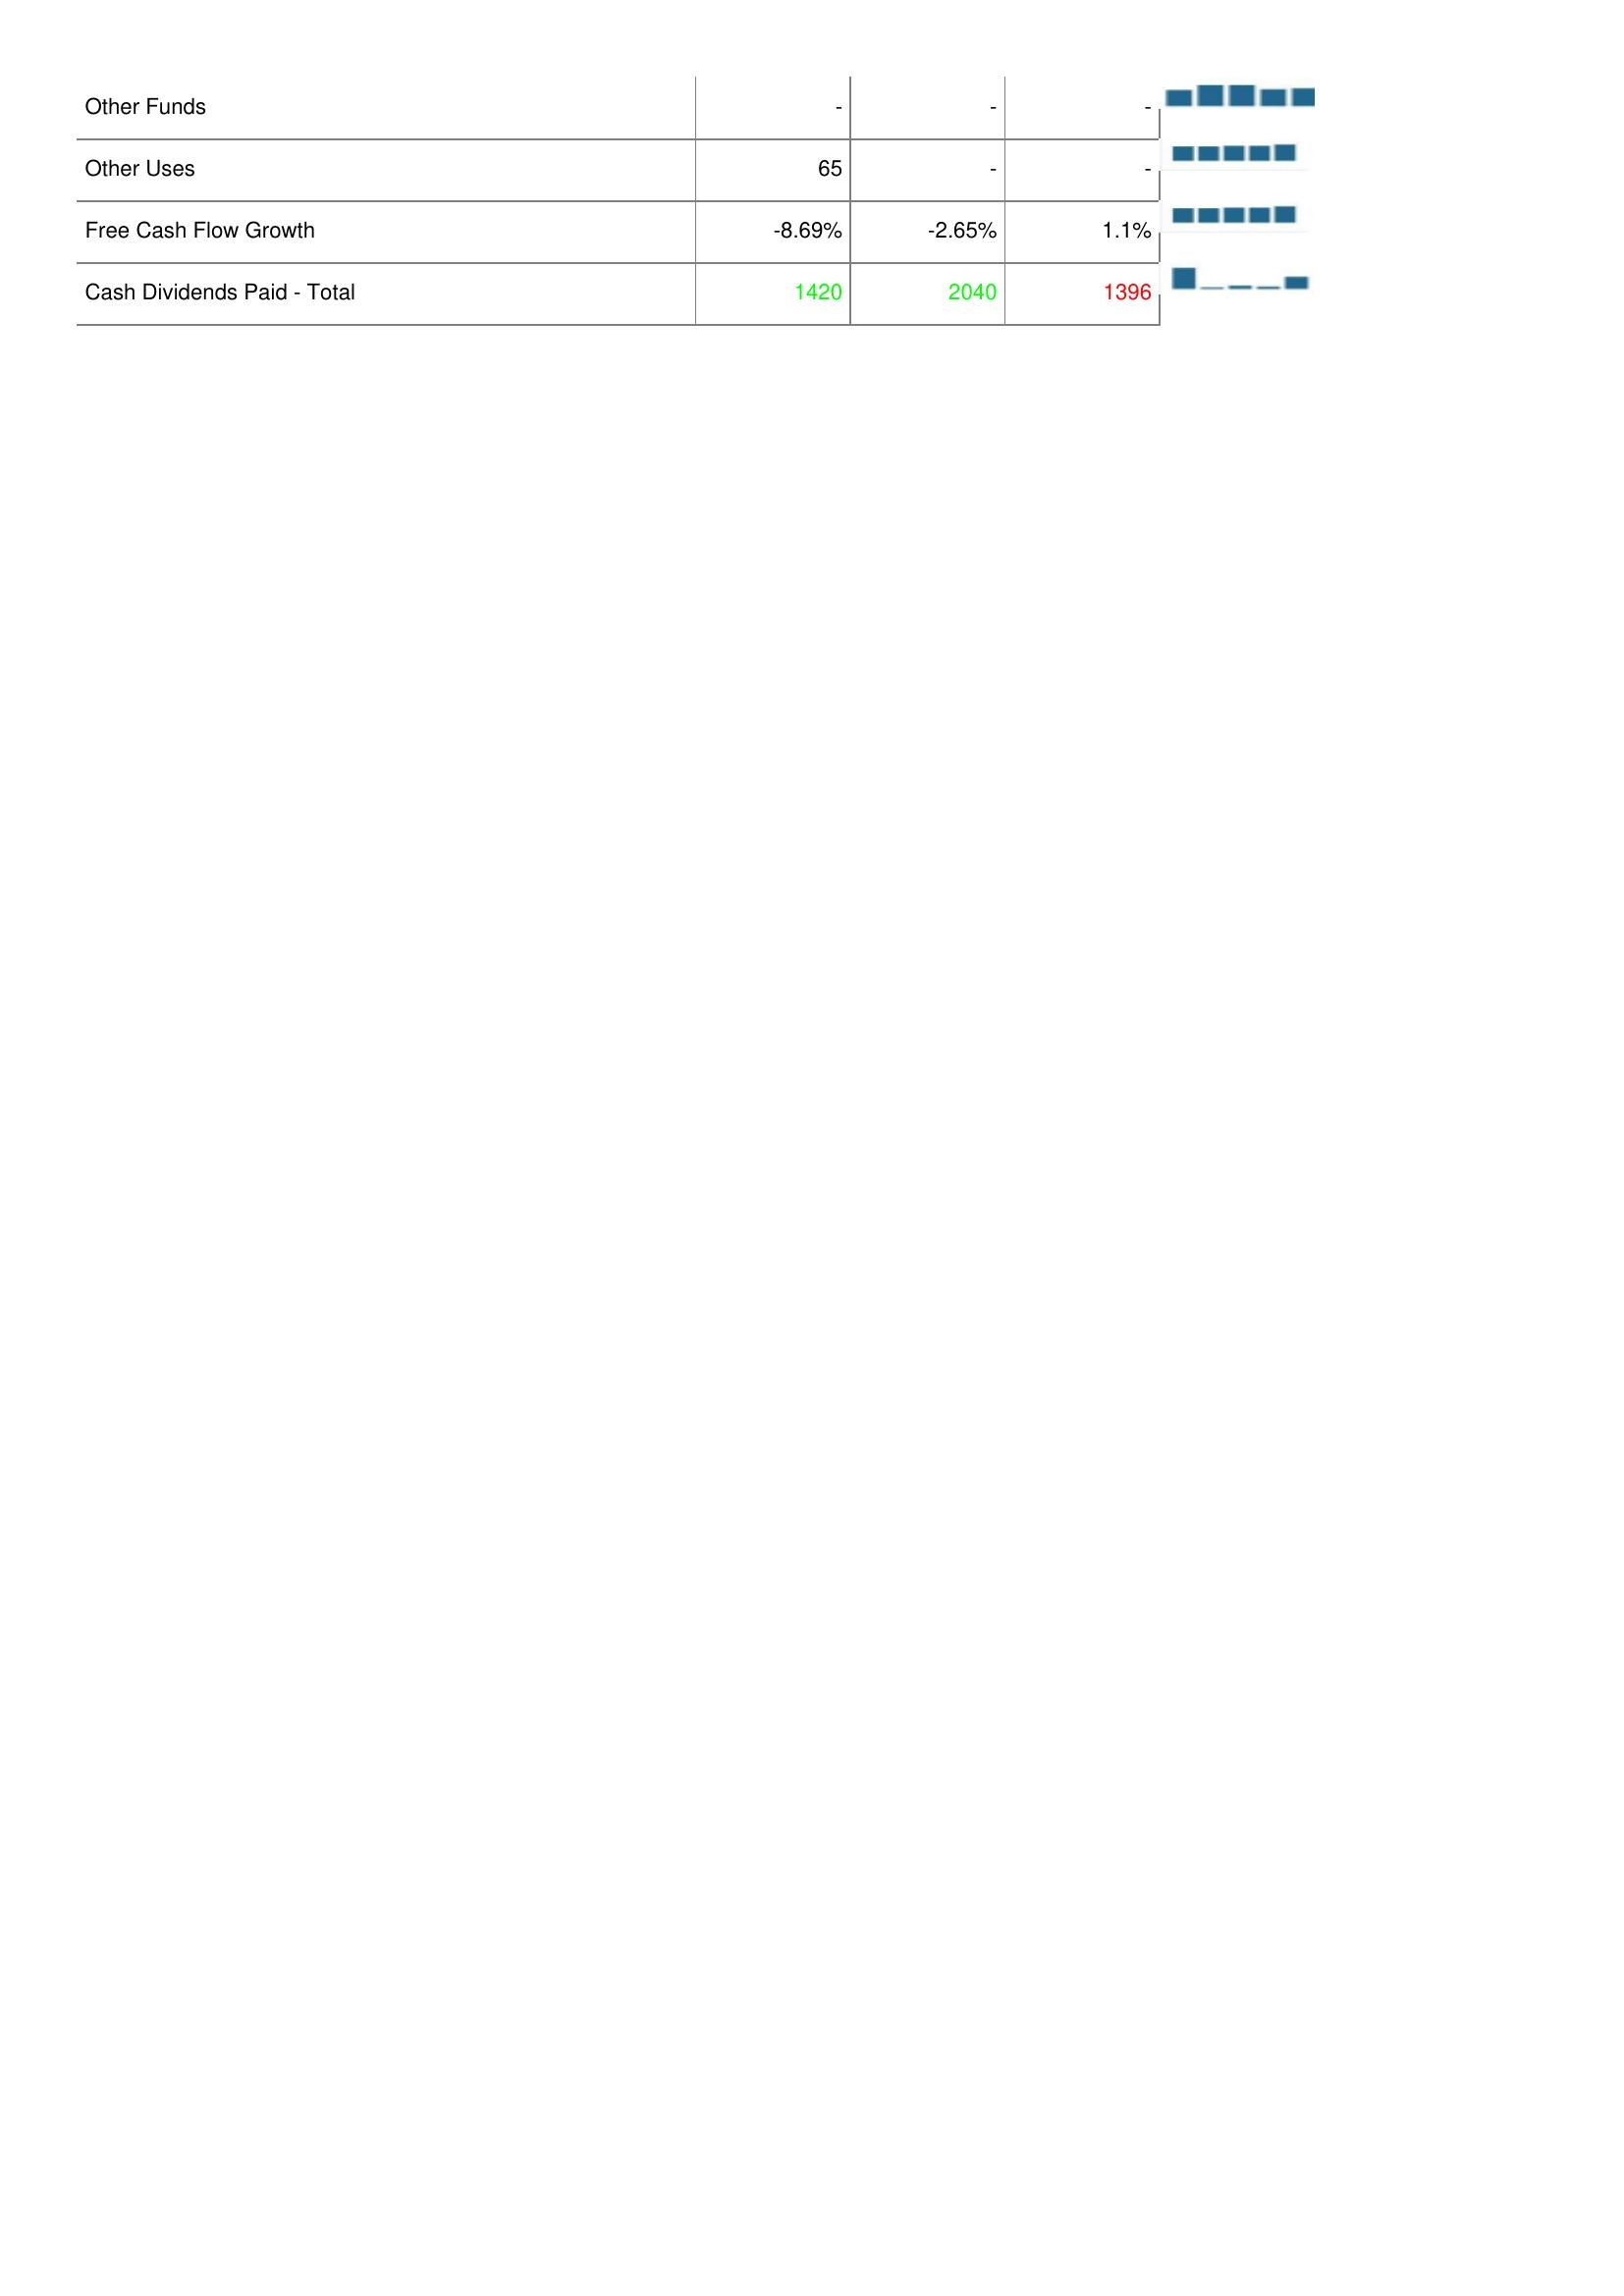
2019: Financing Activities: Other Funds: -
Other Uses: 65
Free Cash Flow Growth: -8.69%
Cash Dividends Paid - Total: 1420
2020: Financing Activities: Other Funds: -
Other Uses: -
Free Cash Flow Growth: -2.65%
Cash Dividends Paid - Total: 2040
2021: Financing Activities: Other Funds: -
Other Uses: -
Free Cash Flow Growth: 1.1%
Cash Dividends Paid - Total: 1396